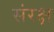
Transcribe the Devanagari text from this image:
संरक्ष